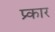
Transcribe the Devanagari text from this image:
प्र्कार